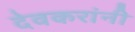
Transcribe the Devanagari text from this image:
देवकरांनी